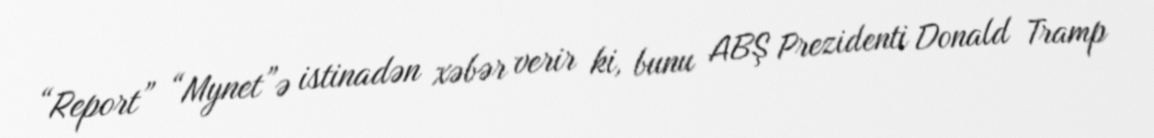
“Report” “Mynet”ə istinadən xəbər verir ki, bunu ABŞ Prezidenti Donald Tramp